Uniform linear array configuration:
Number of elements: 32
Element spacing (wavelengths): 0.25
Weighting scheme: cosine
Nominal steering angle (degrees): -45
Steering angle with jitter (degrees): -46.835
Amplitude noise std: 0.05
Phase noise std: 0.05

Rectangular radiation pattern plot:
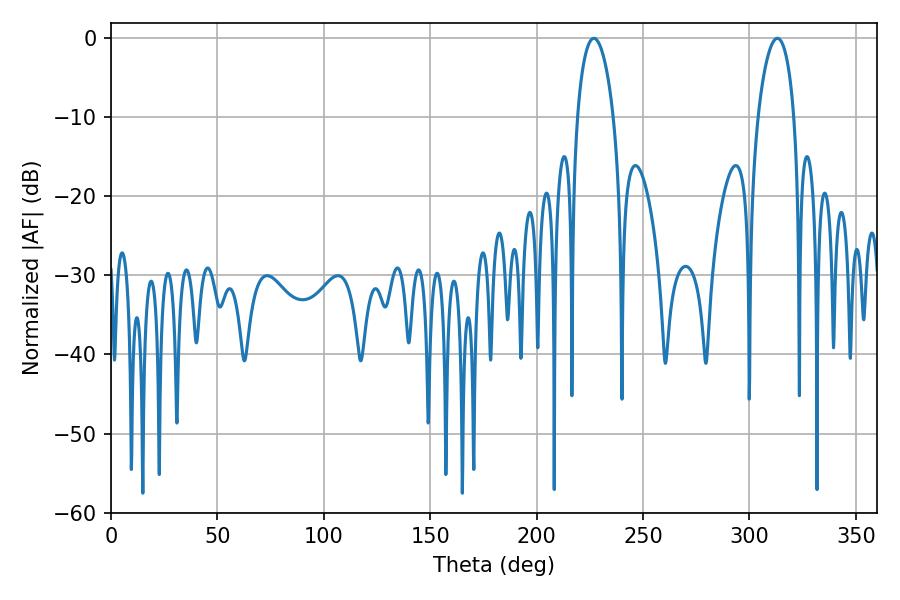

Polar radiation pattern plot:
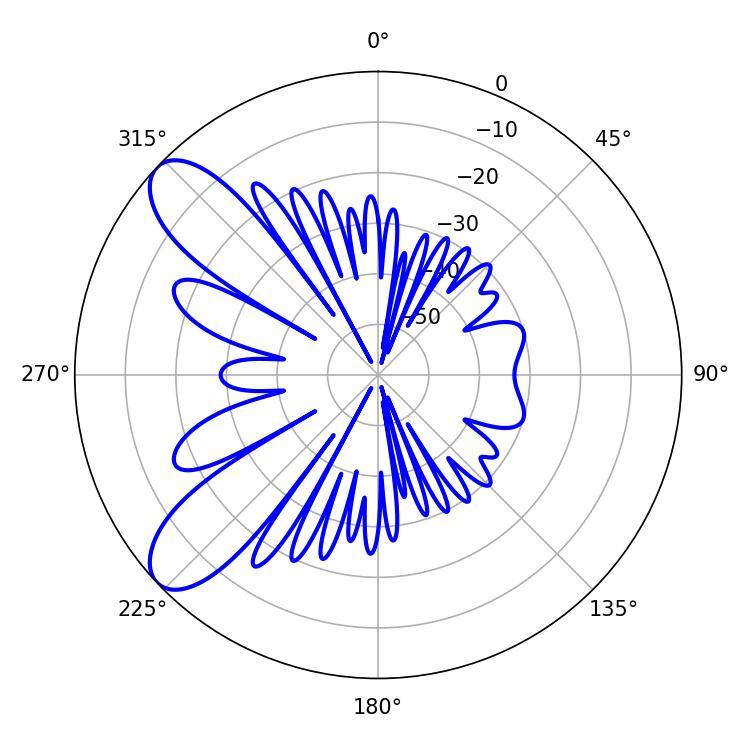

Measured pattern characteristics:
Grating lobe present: FALSE
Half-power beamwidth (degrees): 9.72
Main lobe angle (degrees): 226.8